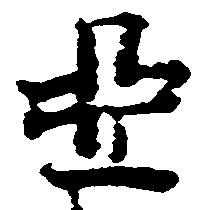
亞